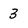
Character: 3